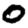
Digit: 0